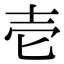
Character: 壱